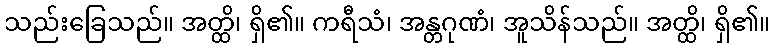
သည်းခြေသည်။ အတ္ထိ၊ ရှိ၏။ ကရီသံ၊ အန္တဂုဏံ၊ အူသိန်သည်။ အတ္ထိ၊ ရှိ၏။